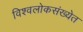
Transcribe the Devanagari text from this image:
विश्वलोकसंख्येत